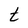
Character: t